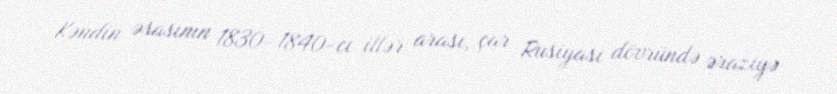
Kəndin əsasının 1830–1840-cı illər arası, çar Rusiyası dövründə əraziyə